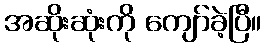
အဆိုးဆုံးကို ကျော်ခဲ့ပြီ။